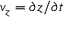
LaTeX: v _ { z } = \partial z / \partial t